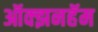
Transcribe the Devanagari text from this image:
ऑक्झनहॅम